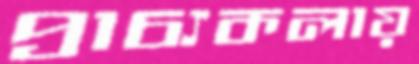
প্রাচ্যকলায়